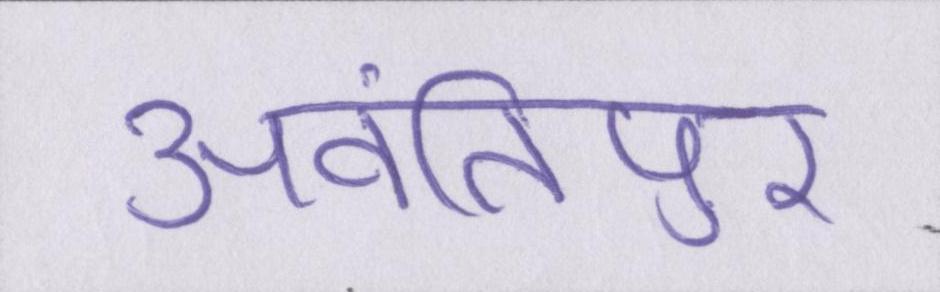
अवंतिपुर